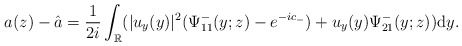
\begin{align*}a(z)-\hat{a}=\frac{1}{2i}\int_{\mathbb{R}}(|u_y(y)|^2(\Psi^-_{11}(y;z)-e^{-ic_-})+u_y(y) \Psi^-_{21}(y;z))\mathrm{d}y.\end{align*}